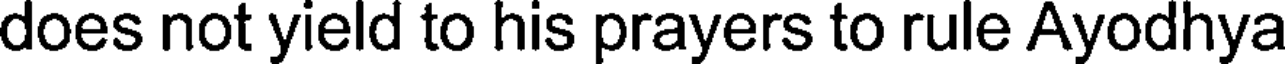
does not yield to his prayers to rule Ayodhya